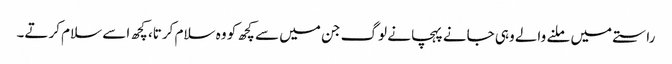
راستے میں ملنے والے وہی جانے پہچانے لوگ جن میں سے کچھ کو وہ سلام کرتا، کچھ اسے سلام کرتے۔